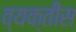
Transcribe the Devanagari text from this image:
व्‍यक्तीस